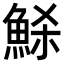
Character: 𩶼